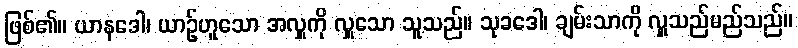
ဖြစ်၏။ ယာနဒေါ၊ ယာဉ်ဟူသော အလှူကို လှူသော သူသည်။ သုခဒေါ၊ ချမ်းသာကို လှူသည်မည်သည်။